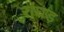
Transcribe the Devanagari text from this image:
रांघड़